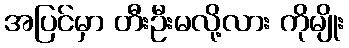
အပြင်မှာ တီးဦးမလို့လား ကိုမျိုး